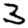
Digit: 3